Annual report of lunatic asylums [Bombay] - 1912-1922
Year: 1912
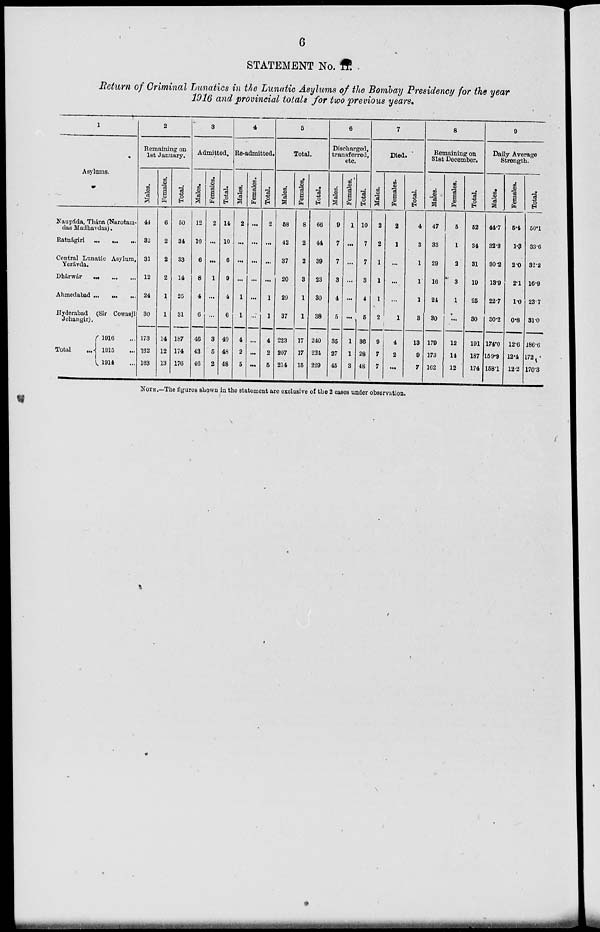
6
STATEMENT No. II.
Return of Criminal Lunatics in the Lunatic Asylums of the Bombay Presidency for the year
1916 and provincial totals for two previous years.
1
Asylums.
Naupáda, Thána (Narotam-
das Madhavdas).
Ratnágiri
...
...
...
Central Lunatic Asylum,
Yerávda.
Dhárwár
...
...
...
Ahmedabad
...
...
...
Hyderabad (Sir Cowasji
Jehangir).
Total
...
1916 ...
1915 ...
1914 ...
2
Remaining on
1st January.
Males.
44
32
31
12
24
30
173
162
163
Females.
6
2
2
2
1
1
14
12
13
Total.
50
34
33
14
25
31
187
174
176
3
Admitted
Males.
12
10
6
8
4
6
46
43
46
Females.
2
...
...
1
...
...
3
5
2
Total.
14
10
6
9
4
6
49
48
48
4
Re-admitted.
Males.
2
...
...
...
1
1
4
2
5
Females.
...
...
...
...
...
...
...
...
...
Total.
2
...
...
...
1
1
4
2
5
5
Total.
Males.
58
42
37
20
29
37
223
207
214
Females.
8
2
2
3
1
1
17
17
15
Total.
66
44
39
23
30
38
240
224
229
6
Discharged,
transferred,
etc.
Males.
9
7
7
3
4
5
35
27
45
Females.
1
...
...
...
...
...
1
1
3
Total.
10
7
7
3
4
5
36
28
48
7
Died.
Males.
2
2
1
1
1
2
9
7
7
Females.
2
1
...
...
...
1
4
2
...
Total.
4
3
1
1
1
3
13
9
7
8
Remaining on
31st December.
Males.
47
33
29
16
24
30
179
173
162
Females.
5
1
2
3
1
...
12
14
12
Total.
52
34
31
19
25
30
191
187
174
9
Daily Average
Strength.
Males.
44.7
32.3
30.2
13.9
22.7
30.2
174.0
159.9
158.1
Females.
5.4
1.3
2.0
2.1
1.0
0.8
12.6
12.4
122
Total.
50.1
33.6
32.2
16.9
23.7
31.0
186.6
17.2
170.3
NOTE.—The figures shown in the statement are exclusive of the 2 cases under observation.